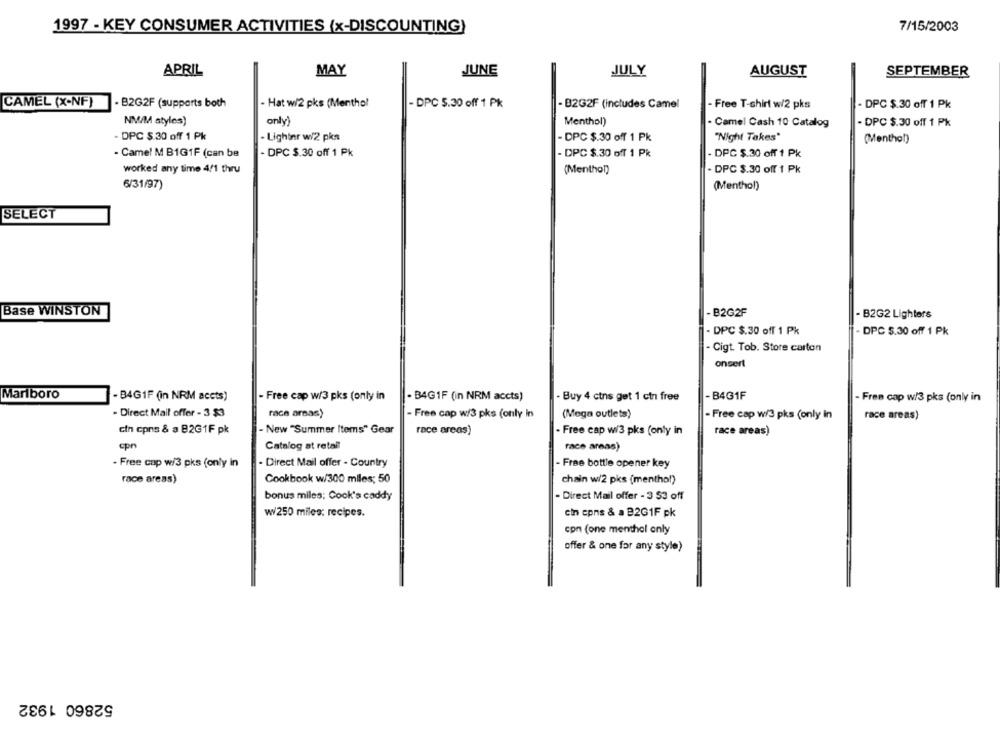
1997 - KEY CONSUMER ACTIVITIES (x-DISCOUNTING)
7/15/2003
APRIL
MAY
JUNE
JULY
AUGUST
SEPTEMBER
CAMEL (X-NF)
B2G2F (supports both
- Hat w/2 pks (Menthol
- DPC 5.30 off 1 Pk
- B2G2F (includes Camel
- Free T-shirt w/2 pks
- DPC $.30 off 1 Pk
NM/M atyles)
only)
Menthol)
· Camel Cash 10 Catalog
- DPC $.30 off 1 Pk
- DPC $.30 off 1 Pk
- Lighinr w/2 pkn
- DPC $.30 off 1 Pk
"Night Takes"
(Menthol)
- Camel M B1G1F (can be
- DPC $.30 off 1 Pk
- DPC $.30 off 1 Pk
- DPC $.30 off 1 Pk
worked any time 4/1 thru
(Menthol)
- DPC $.30 off 1 Pk
6/31/97)
(Menthol)
SELECT
Base WINSTON
- B2G2F
- B2G2 Lighters
- DPC $.30 off 1 Pk
DPC $.30 off 1 Pk
- Cigt. Tob. Store carton
onsert
Marlboro
-B4GIF (in NRM accts)
- Free cap w/3 pks (only in
. B4G1F (in NRM accts)
Buy 4 ctns get 1 ctn free
- B4G1F
- Free cap w/3 pks (only in
- Direct Mail offer - 3 $3
race areas)
- Free cap w/3 pks (only in
(Mega outlets)
- Free cap w/3 pks (only in
race areas)
cin cpns & a B2G1F pk
- New "Summer Items" Gear
race areas)
. Free cap w/3 pks (only in
race areas)
cpr
Catalog at retail
race areas)
- Free cap w/3 pks (only in
- Direct Mail offer - Country
- Free bottle opener key
race areas)
Cookbook w/300 mlles; 50
chain w/2 pks (menthol)
bonus miles; Cook's caddy
- Direct Mail offer - 3 53 off
w/250 miles: recipes.
cin cons & a B2G1F pk
con (one menthol only
offer & one for any style)
52860 1932